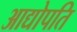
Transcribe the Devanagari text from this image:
आद्योपति